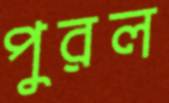
পুরল